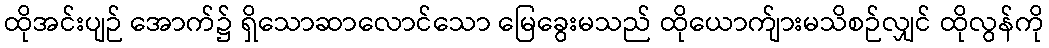
ထိုအင်းပျဉ် အောက်၌ ရှိသောဆာလောင်သော မြေခွေးမသည် ထိုယောက်ျားမသိစဉ်လျှင် ထိုလွန်ကို